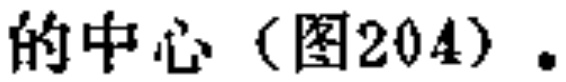
的中心（图204）.